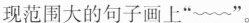
现范围大的句子画上”~”。